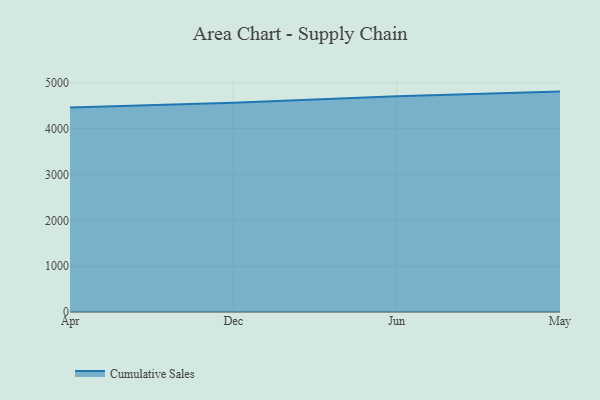
{"axis": {"x": "Month", "y": "Budget (USD K)"}, "legend": ["Cumulative Sales"], "data": [{"x": "Apr", "y": 4458.0, "type": "Cumulative Sales"}, {"x": "Dec", "y": 4565.3, "type": "Cumulative Sales"}, {"x": "Jun", "y": 4708.1, "type": "Cumulative Sales"}, {"x": "May", "y": 4806.8, "type": "Cumulative Sales"}]}